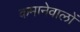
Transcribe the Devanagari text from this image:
कमानेवालों